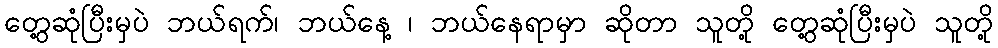
တွေ့ဆုံပြီးမှပဲ ဘယ်ရက်၊ ဘယ်နေ့ ၊ ဘယ်နေရာမှာ ဆိုတာ သူတို့ တွေ့ဆုံပြီးမှပဲ သူတို့